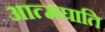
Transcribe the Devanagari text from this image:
आत्मघाति